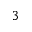
3